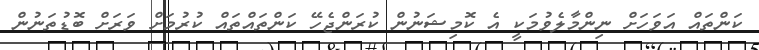
ކަންތައް އަވަހަށް ނިންމާލެވުމަކީ އެ ކޮމިޝަނުން ކުރަންޖެހޭ ކަންތައްތައް ކުރުމަށް ވަރަށް ބޮޑުތަނުން